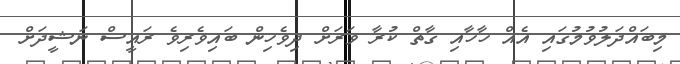
މިބައްދަލުވުމުގައި އެއް ހާހާއި ގާތް ކުރާ ވަރަށް ދިވެހިން ބައިވެރިވެ ރައީސް ނަޝީދަށް